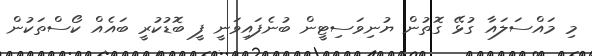
މި މައްސަލައާ ގުޅޭ ގޮތުން ޔުނިވަސިޓީން ބުނެފައިވަނީ ފީ ބޮޑުކުރީ ބައެއް ކޯސްތަކުން